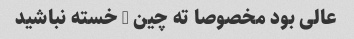
عالی بود مخصوصا ته چین … خسته نباشید